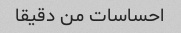
احساسات من دقیقا